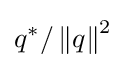
q^{*}/\left\Vert q\right\|^{2}